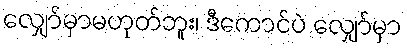
လျှော်မှာမဟုတ်ဘူး၊ ဒီကောင်ပဲ လျှော်မှာ